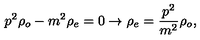
p ^ { 2 } \rho _ { o } - m ^ { 2 } \rho _ { e } = 0 \rightarrow \rho _ { e } = \frac { p ^ { 2 } } { m ^ { 2 } } \rho _ { o } ,